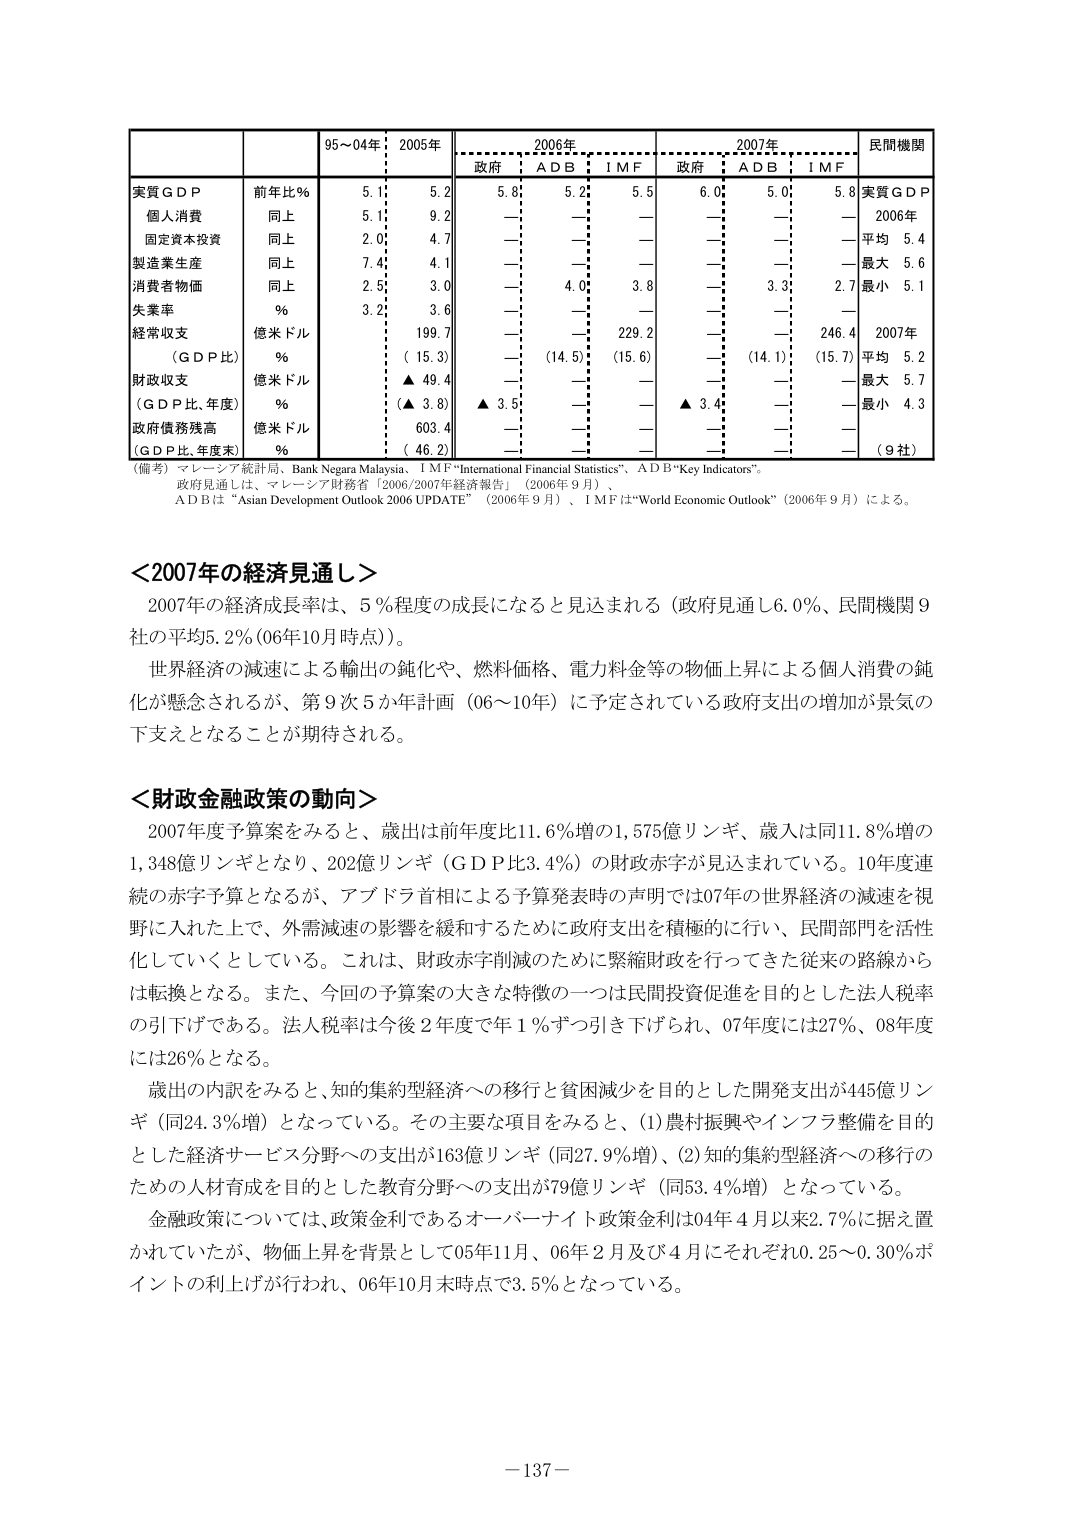
実質ＧＤＰ
前年比％
5.1
5.2
5.8
5.2
5.5
6.0
5.0
5.8
実質ＧＤＰ

個人消費
同上
5.1
9.2
—
—
—
—
—
2006年

固定資本投資
同上
2.0
4.7
—
—
—
—
—
平均 5.4

製造業生産
同上
7.4
4.1
—
—
—
—
—
最大 5.6

消費者物価
同上
2.5
3.0
—
4.0
3.8
—
3.3
2.7 最小 5.1

失業率
％
3.2
3.6
—
—
—
—
—
—

経常収支
億米ドル
—
199.7
—
—
229.2
—
—
246.4
2007年

（ＧＤＰ比）
％
（15.3）
—
（14.5）
（15.6）
—
（14.1）
（15.7）
平均 5.2

財政収支
億米ドル
▲ 49.4
—
—
—
—
—
—
最大 5.7

（ＧＤＰ比、年度）
％
（▲ 3.8）
▲ 3.5
—
—
▲ 3.4
—
—
最小 4.3

政府債務残高
億米ドル
603.4
—
—
—
—
—
—
—

（ＧＤＰ比、年度末）
％
（46.2）
—
—
—
—
—
—
（9社）

（備考）マレーシア統計局、Bank Negara Malaysia、ＩＭＦ“International Financial Statistics”、ＡＤＢ“Key Indicators”。
政府見通しは、マレーシア財務省「2006/2007年経済報告」（2006年9月）、
ＡＤＢは“Asian Development Outlook 2006 UPDATE”（2006年9月）、ＩＭＦは“World Economic Outlook”（2006年9月）による。

＜2007年の経済見通し＞
2007年の経済成長率は、5％程度の成長になると見込まれる（政府見通し6.0％、民間機関9社の平均5.2％（06年10月時点））。
世界経済の減速による輸出の鈍化や、燃料価格、電力料金等の物価上昇による個人消費の鈍化が懸念されるが、第9次5か年計画（06～10年）に予定されている政府支出の増加が景気の下支えとなることが期待される。

＜財政金融政策の動向＞
2007年度予算案をみると、歳出は前年度比11.6％増の1,575億リンギ、歳入は同11.8％増の1,348億リンギとなり、202億リンギ（ＧＤＰ比3.4％）の財政赤字が見込まれている。10年度連続の赤字予算となるが、アブドラ首相による予算発表時の声明では07年の世界経済の減速を視野に入れた上で、外需減速の影響を緩和するために政府支出を積極的に行い、民間部門を活性化していくとしている。これは、財政赤字削減のために緊縮財政を行ってきた従来の路線からは転換となる。また、今回の予算案の大きな特徴の一つは民間投資促進を目的とした法人税率の引下げである。法人税率は今後2年度で年1％ずつ引き下げられ、07年度には27％、08年度には26％となる。
歳出の内訳をみると、知的集約型経済への移行と貧困減少を目的とした開発支出が445億リンギ（同24.3％増）となっている。その主要な項目をみると、(1)農村振興やインフラ整備を目的とした経済サービス分野への支出が163億リンギ（同27.9％増）、(2)知的集約型経済への移行のための人材育成を目的とした教育分野への支出が79億リンギ（同53.4％増）となっている。
金融政策については、政策金利であるオーバーナイト政策金利は04年4月以来2.7％に据え置かれていたが、物価上昇を背景として05年11月、06年2月及び4月にそれぞれ0.25～0.30％ポイントの利上げが行われ、06年10月末時点で3.5％となっている。

－137－